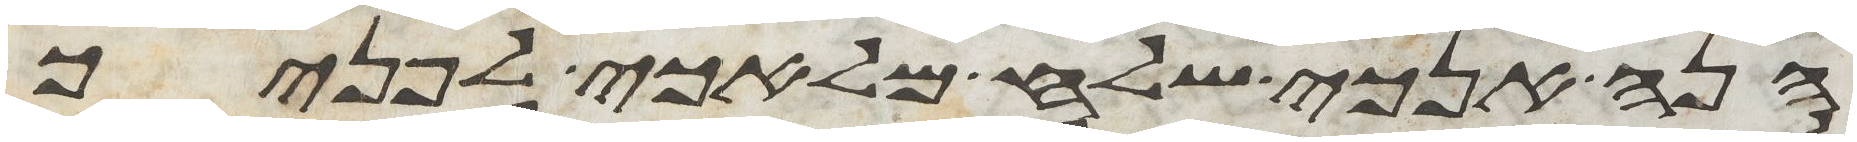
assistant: הנה אנכי שלח מלאכי לפניך